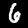
Label: 6